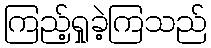
ကြည့်ရှုခဲ့ကြသည်